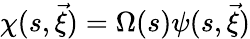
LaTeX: \chi(s,\vec{\xi})=\Omega(s)\psi(s,\vec{\xi})